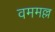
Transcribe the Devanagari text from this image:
वममल्ल